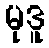
မုဒူ